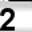
Digit: 2